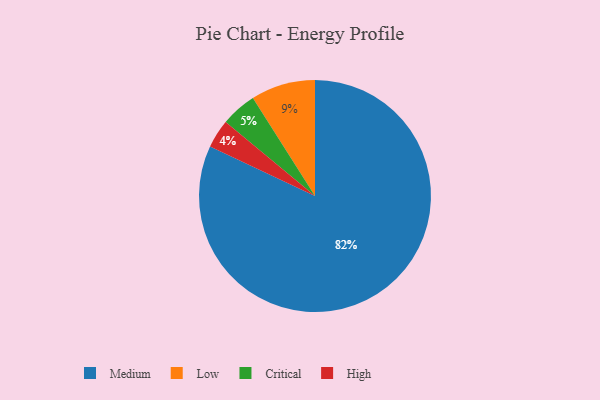
{"axis": {"x": "Category", "y": "Percentage"}, "legend": ["Critical", "High", "Low", "Medium"], "data": [{"x": "Medium", "y": 82, "type": "Medium"}, {"x": "High", "y": 4, "type": "High"}, {"x": "Critical", "y": 5, "type": "Critical"}, {"x": "Low", "y": 9, "type": "Low"}]}